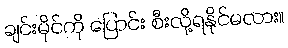
ချင်းမိုင်ကို ပြောင်း စီးလို့ရနိုင်မလား။